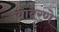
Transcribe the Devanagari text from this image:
वावरणे